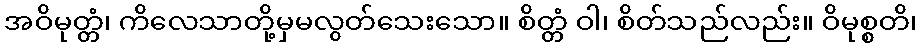
အဝိမုတ္တံ၊ ကိလေသာတို့မှမလွတ်သေးသော။ စိတ္တံ ဝါ၊ စိတ်သည်လည်း။ ဝိမုစ္စတိ၊